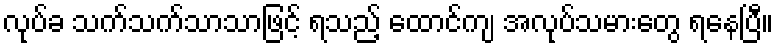
လုပ်ခ သက်သက်သာသာဖြင့် ရသည့် ထောင်ကျ အလုပ်သမားတွေ ရနေပြီ။